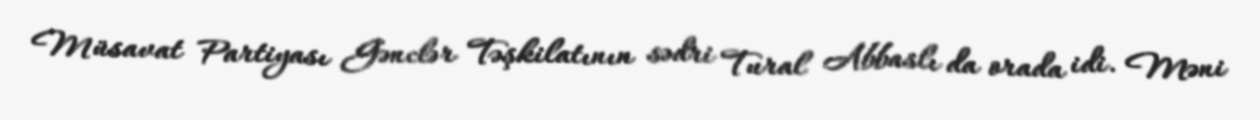
Müsavat Partiyası Gənclər Təşkilatının sədri Tural Abbaslı da orada idi. Məni